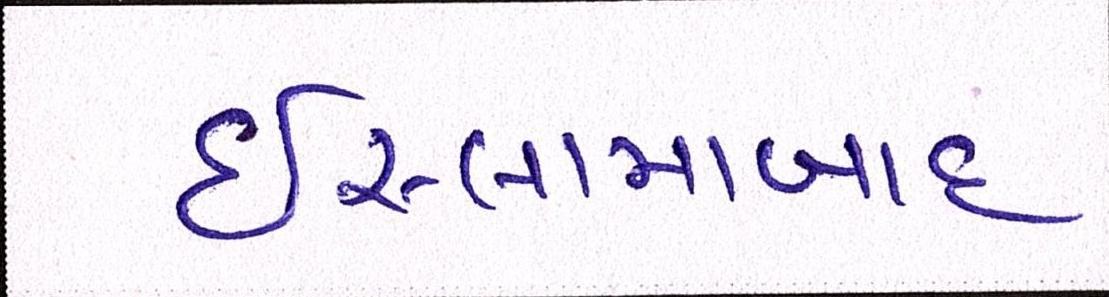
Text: ઇસ્લામાબાદ